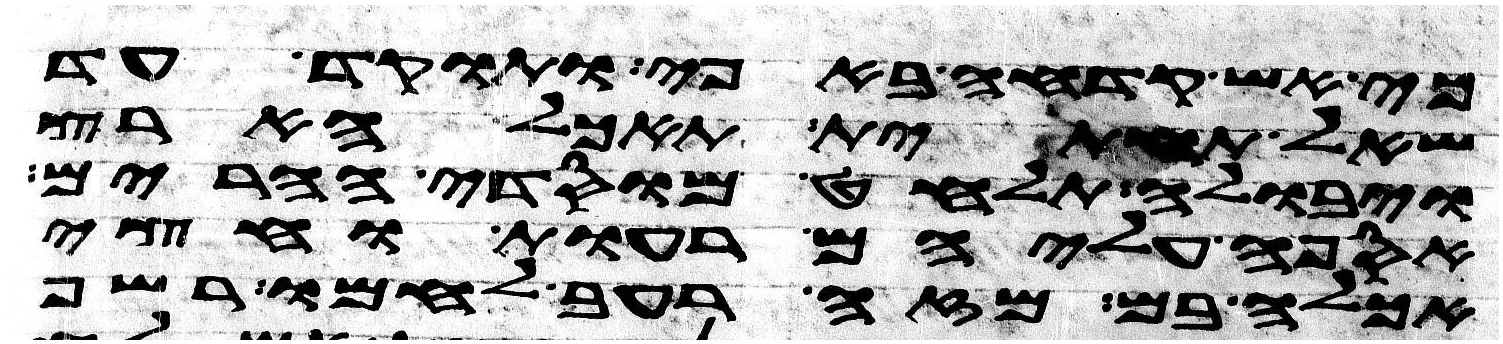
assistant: כי אש קדחה באפי ותוקד עד
שאל תחתית תאכל ארץ
ויבולה תלחט מוסדי הרים
אספה עליהם רעות וחצי
אכלה בם מזה רעב לחמו רשף